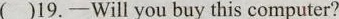
( )19.-Will you buy this computer?